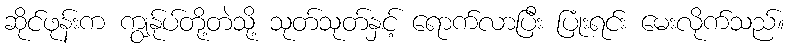
ဆိုင်ဖုန်းက ကျွန်ုပ်တို့တဲသို့ သုတ်သုတ်နှင့် ရောက်လာပြီး ပြုံးရင်း မေးလိုက်သည်။